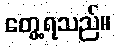
တွေ့ရသည်။